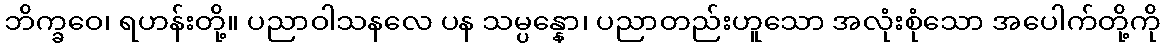
ဘိက္ခဝေ၊ ရဟန်းတို့။ ပညာဝါသနလေ ပန သမ္ပန္နော၊ ပညာတည်းဟူသော အလုံးစုံသော အပေါက်တို့ကို